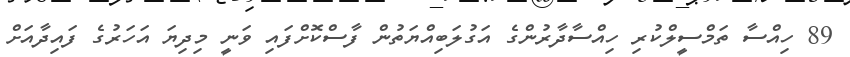
89 ހިއްސާ ތަމްސީލްކުރި ހިއްސާދާރުންގެ އަގުލަބިއްޔަތުން ފާސްކޮށްފައި ވަނީ މިދިޔަ އަހަރުގެ ފައިދާއަށް